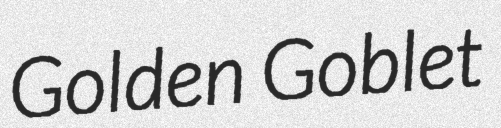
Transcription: Golden Goblet